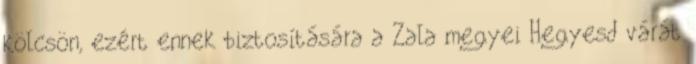
kölcsön, ezért ennek biztosítására a Zala megyei Hegyesd várát